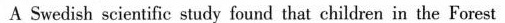
A Swedish scientific study found that children in the Forest